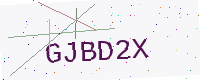
Text: GJBD2X